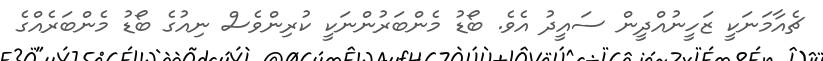
ޗެއާމަނަކީ ޒަހީނުއްދީން ސައީދު އެވެ. ބޯޑު މެންބަރުންނަކީ ކުރިންވެސް ނިއުގެ ބޯޑު މެންބަރެއްގެ